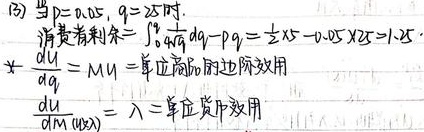
(3) 当\(p = 0.05\)，\(q = 25\)时，消费者剩余\(=\int_{0}^{q}\text{d}q - pq = 25 - 0.05\times25 = 1.25\)。\(\frac{\text{d}U}{\text{d}q}=MU =\)单位商品的边际效用，\(\frac{\text{d}U}{\text{d}M}(M = \lambda)=\)单位货币效用。